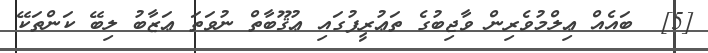
[5]  ބައެއް ޢިލްމުވެރިން ވާޖިބުގެ ތަޢުރީފުގައި ޢުޤޫބާތް ނުވަތަ ޢަޒާބު ލިބޭ ކަންތަކޭ